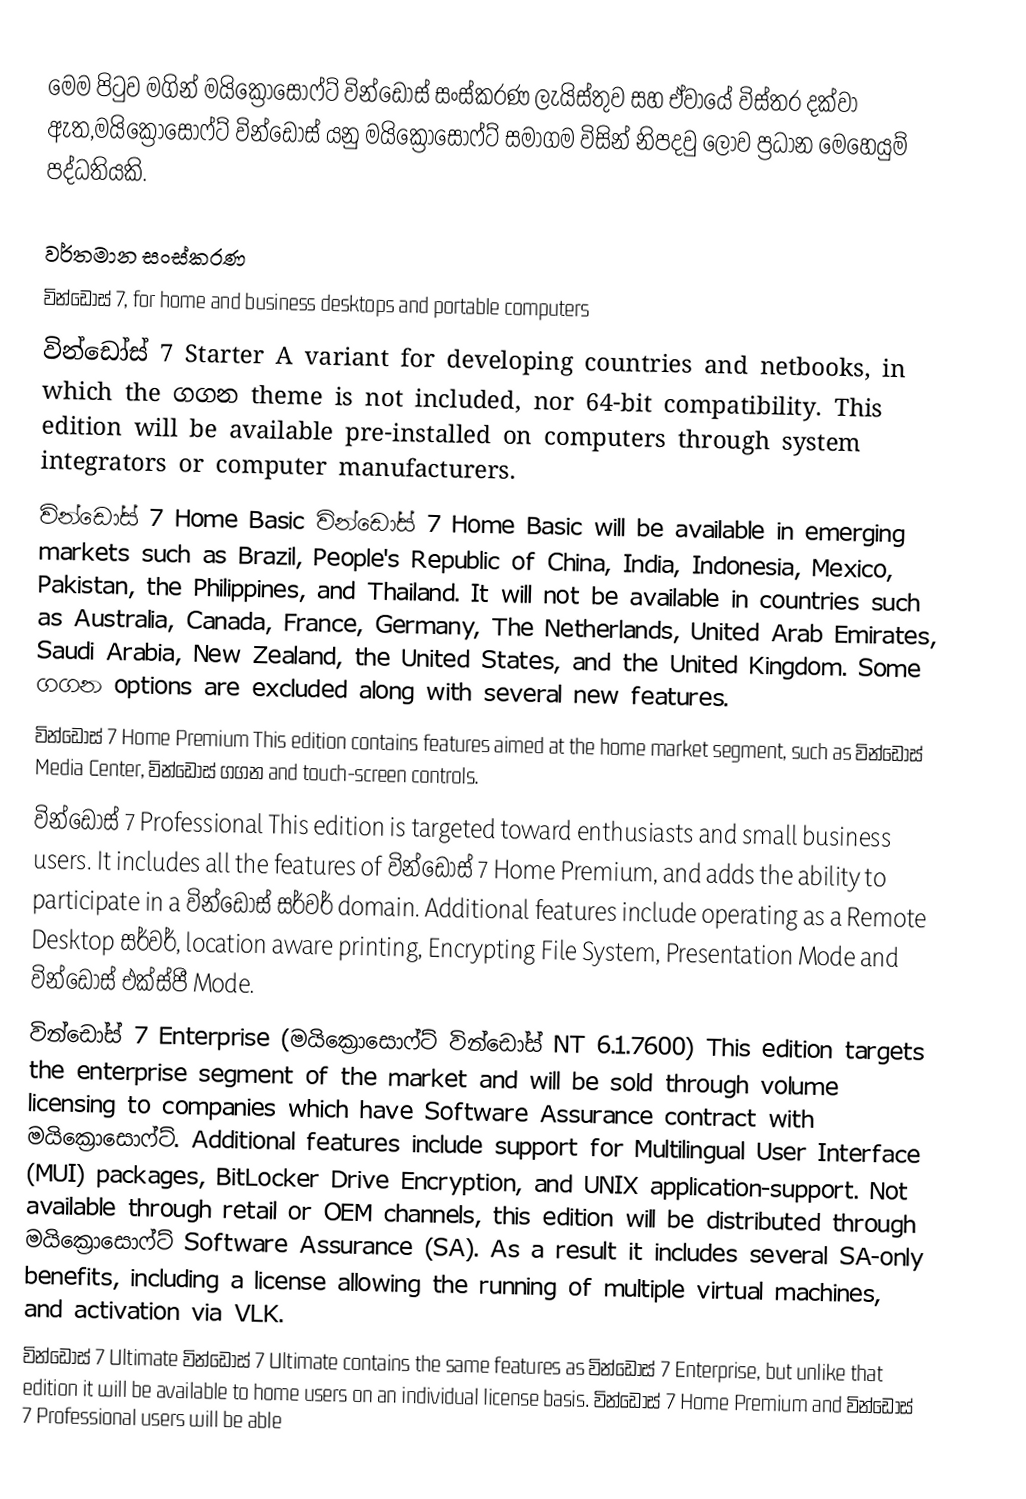
මෙම පිටුව මගින් මයික්‍රොසොෆ්ට් වින්ඩෝස් සංස්කරණ ලැයිස්තුව සහ ඒවායේ විස්තර දක්වා ඇත,මයික්‍රොසොෆ්ට් වින්ඩෝස් යනු මයික්‍රොසොෆ්ට් සමාගම විසින් නිපදවු ලොව ප්‍රධාන මෙහෙයුම් පද්ධතියකි.

වර්තමාන සංස්කරණ
 වින්ඩෝස් 7, for home and business desktops and portable computers
 වින්ඩෝස් 7 Starter A variant for developing countries and netbooks, in which the ගගන theme is not included, nor 64-bit compatibility. This edition will be available pre-installed on computers through system integrators or computer manufacturers.
 වින්ඩෝස් 7 Home Basic වින්ඩෝස් 7 Home Basic will be available in emerging markets such as Brazil, People's Republic of China, India, Indonesia, Mexico, Pakistan, the Philippines, and Thailand. It will not be available in countries such as Australia, Canada, France, Germany, The Netherlands, United Arab Emirates, Saudi Arabia, New Zealand, the United States, and the United Kingdom. Some ගගන options are excluded along with several new features.
 වින්ඩෝස් 7 Home Premium This edition contains features aimed at the home market segment, such as වින්ඩෝස් Media Center, වින්ඩෝස් ගගන and touch-screen controls.
 වින්ඩෝස් 7 Professional This edition is targeted toward enthusiasts and small business users. It includes all the features of වින්ඩෝස් 7 Home Premium, and adds the ability to participate in a වින්ඩෝස් සර්වර් domain. Additional features include operating as a Remote Desktop සර්වර්, location aware printing, Encrypting File System, Presentation Mode and වින්ඩෝස් එක්ස්පී Mode.
 වින්ඩෝස් 7 Enterprise (මයික්‍රොසොෆ්ට් වින්ඩෝස් NT 6.1.7600) This edition targets the enterprise segment of the market and will be sold through volume licensing to companies which have Software Assurance contract with මයික්‍රොසොෆ්ට්. Additional features include support for Multilingual User Interface (MUI) packages, BitLocker Drive Encryption, and UNIX application-support. Not available through retail or OEM channels, this edition will be distributed through මයික්‍රොසොෆ්ට් Software Assurance (SA). As a result it includes several SA-only benefits, including a license allowing the running of multiple virtual machines, and activation via VLK.
 වින්ඩෝස් 7 Ultimate වින්ඩෝස් 7 Ultimate contains the same features as වින්ඩෝස් 7 Enterprise, but unlike that edition it will be available to home users on an individual license basis. වින්ඩෝස් 7 Home Premium and වින්ඩෝස් 7 Professional users will be able